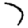
Digit: 7